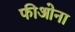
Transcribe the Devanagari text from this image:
फीओना